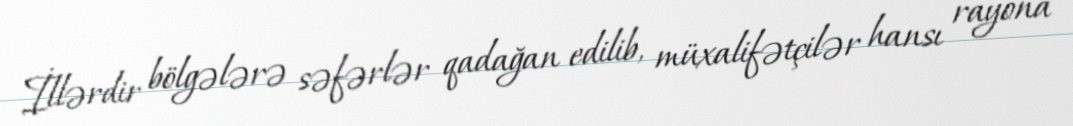
İllərdir bölgələrə səfərlər qadağan edilib, müxalifətçilər hansı rayona